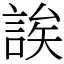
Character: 誒